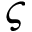
\varsigma